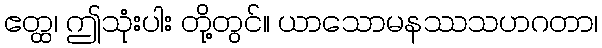
ဧတ္ထ၊ ဤသုံးပါး တို့တွင်။ ယာသောမနဿသဟဂတာ၊